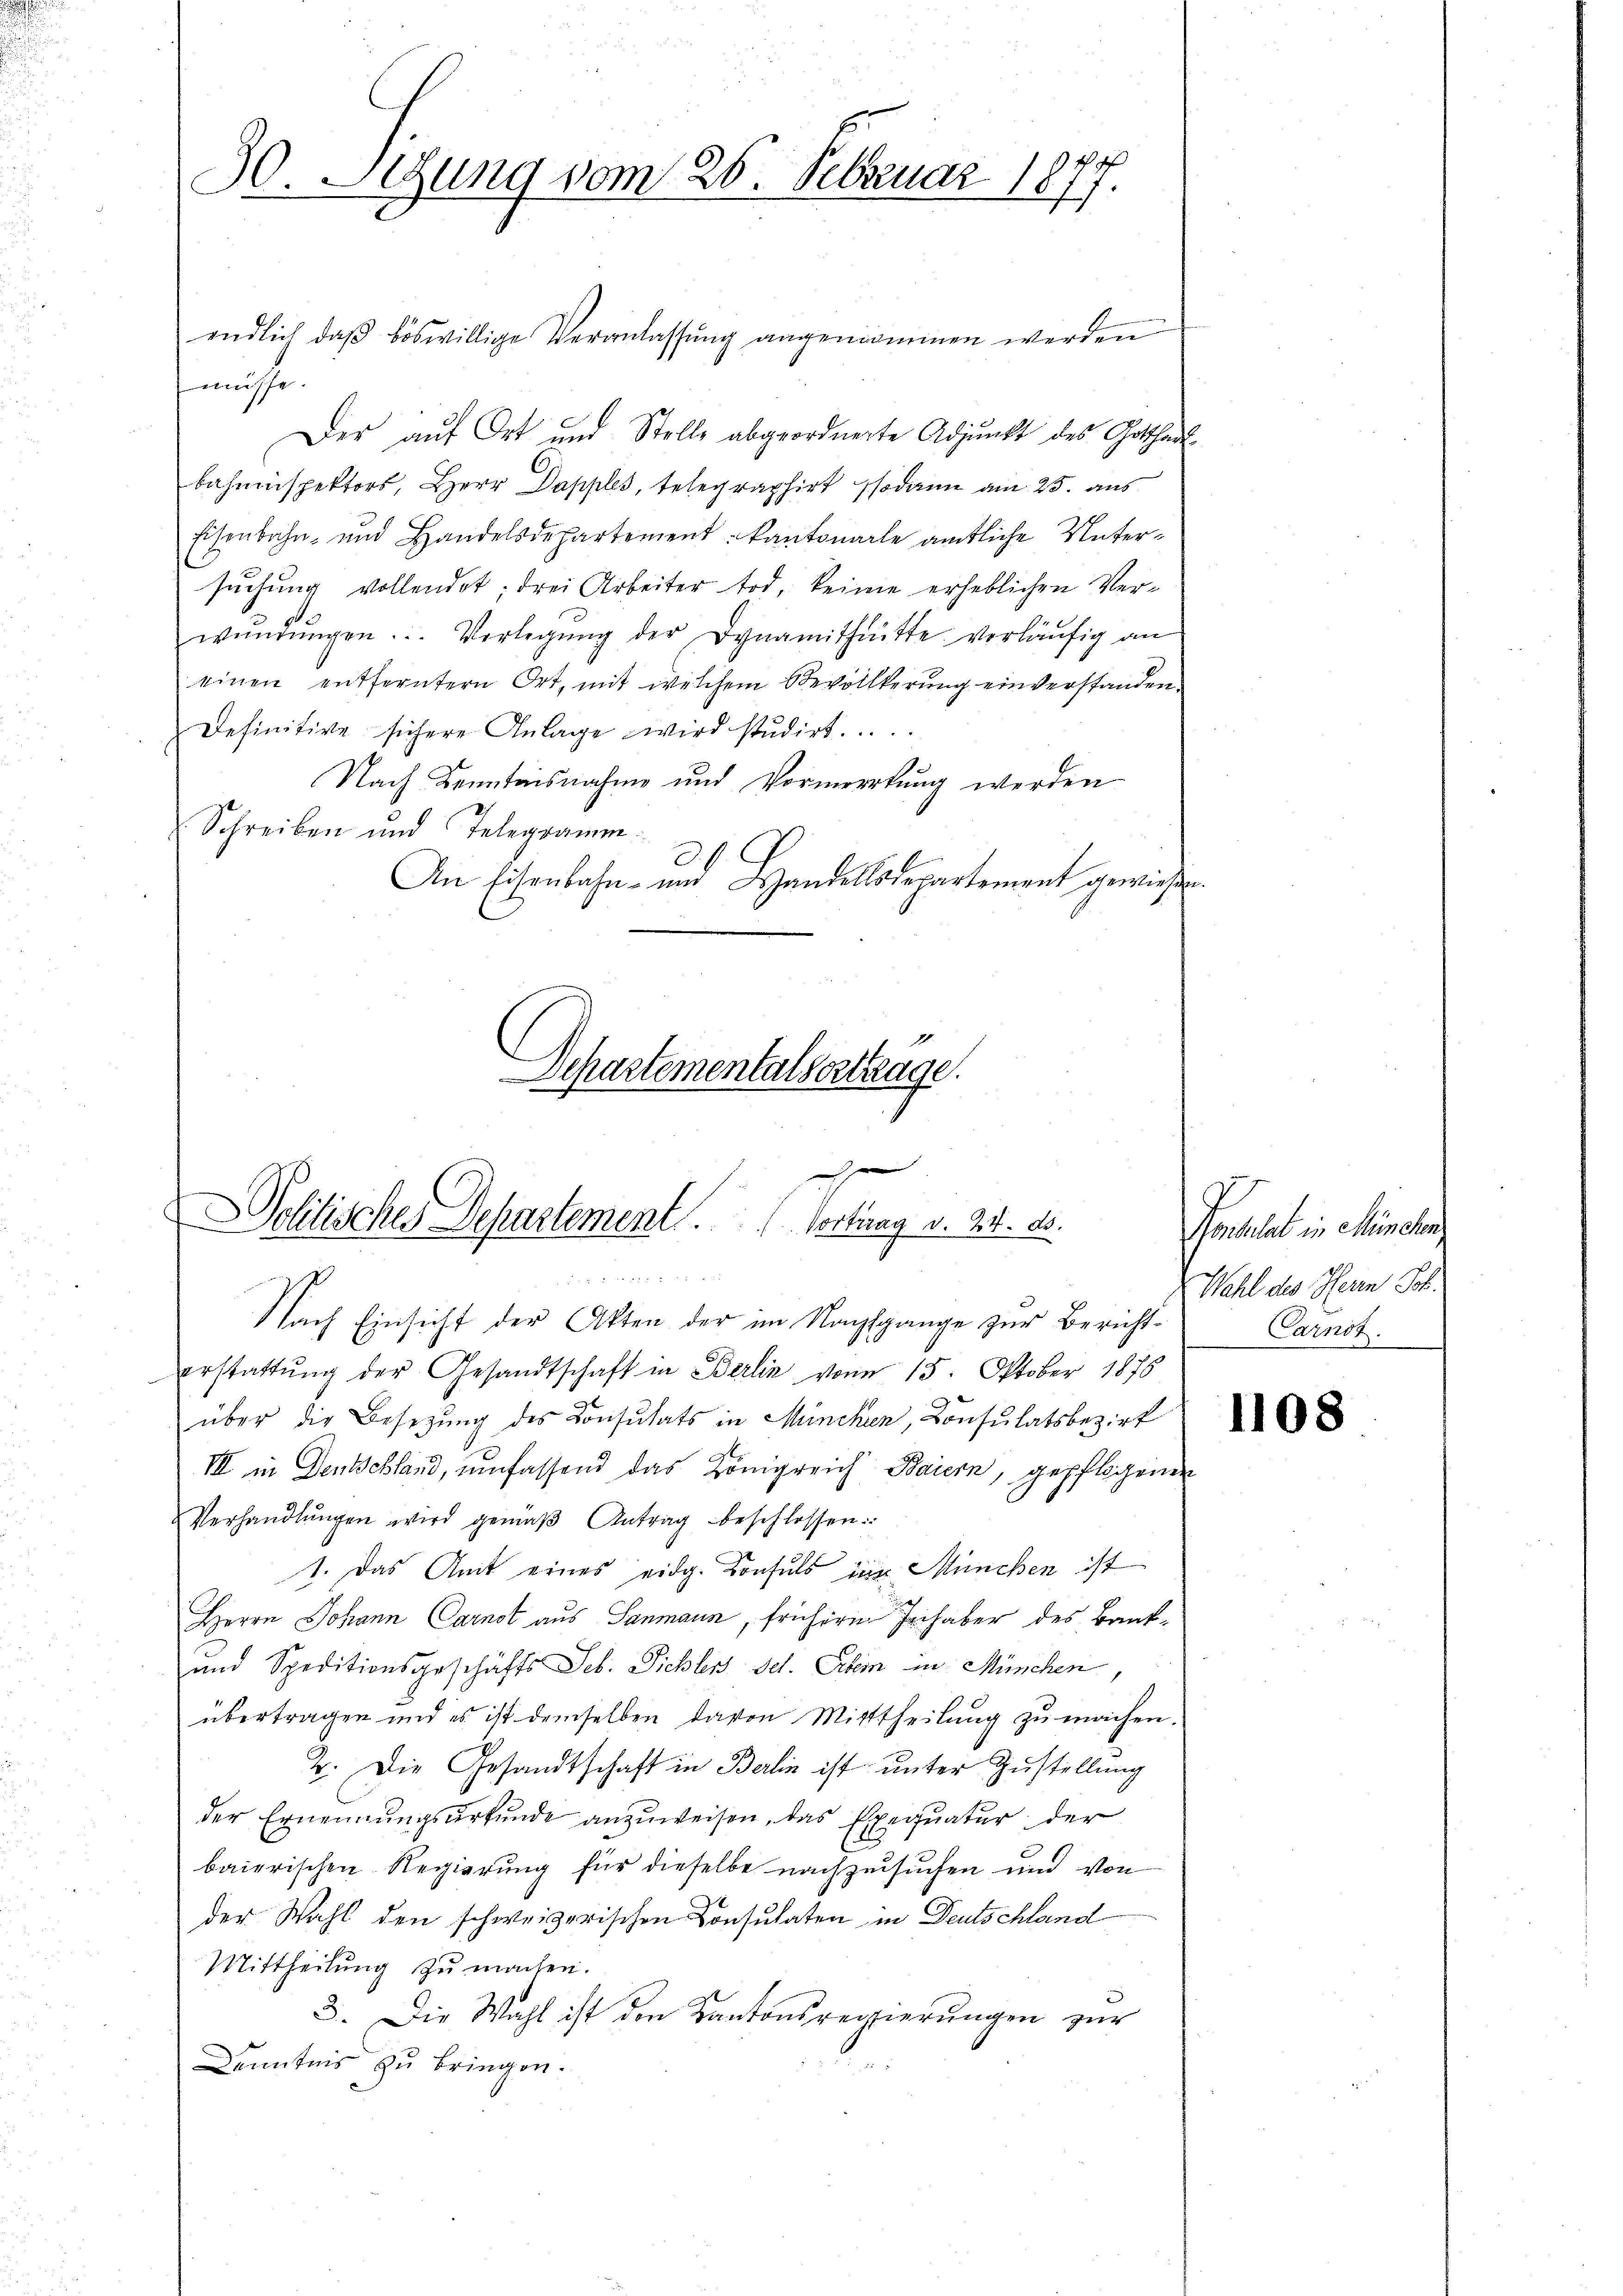
.

30. Setzung vom 26. Februar 1877.

müsse.
Der auf Ort und Stelle abgeordnerte Adjunkt des Gotthalt
bahnenspektors, Herr Dapples, telegraphirt sodann am 25. aus
Eisenbahn- und Handelsdepartement. Kantonale amtliche Unter-
suchung vollendet; drei Arbeiter tod, keine erheblichen Verwendŭngen. Verlegŭng der Dynamit hätte verläŭfig an
einen entferntern Ort, mit welchem Bevollkerung einverstanden
Definitive sichere Anlage wird studirt.
Nach Kenntnisnahme und Vormerkung werden
Schreiben und Telegramm.
An Eisenbahn- und Handelsdepartement gewiesen.
Departementalvertrage.

endlich daβ böswillige Veranlassŭng angenommen werden

xx
Dolitisches Departement. Vortrag v. 24. d.

Nach Einsicht der Akten der im Nachsgange zur Berichterstattŭng der Gesandtschaft in Berlin von 15. Oktober 1878
über die Besetzung des Consultats in München, Consulatsbezirk
III in Denkschland, umfassend das Königreich Baiern, gepflogenen
Verhandlŭngen wird gemäβ Antrag beschlossen:
1. Das Amt eines eidg. Konsuls im München ist
Herrn Johann Carnot aus Sanmann, frühern Inhaber des Bank¬
und Speditionsgeschäfts Seb. Pichler sel. Schem in München
übertragen und es ist demselben davon Mittheilung zu machen.
2. Die Gesandtschaft in Berlin ist unter Zustellung
der Ernennungsurkunde anzuweisen, das Exequatur der
baierischen Regierung für dieselbe nachzusuchen und von
der Wahl den schweizerischen Consulaten in Deutschland
Mittheilung zu machen.
3. Die Wahl ist den Kantonsregierungen zur
Kenntnis zu bringen.

Gotthal in Minuten
Wahl des Herrn Joh.
arnst.

1108